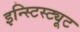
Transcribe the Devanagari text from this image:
इन्स्टिस्ट्यूट